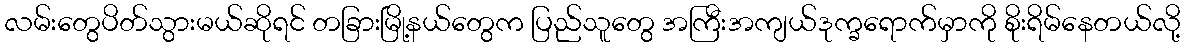
လမ်းတွေပိတ်သွားမယ်ဆိုရင် တခြားမြို့နယ်တွေက ပြည်သူတွေ အကြီးအကျယ်ဒုက္ခရောက်မှာကို စိုးရိမ်နေတယ်လို့